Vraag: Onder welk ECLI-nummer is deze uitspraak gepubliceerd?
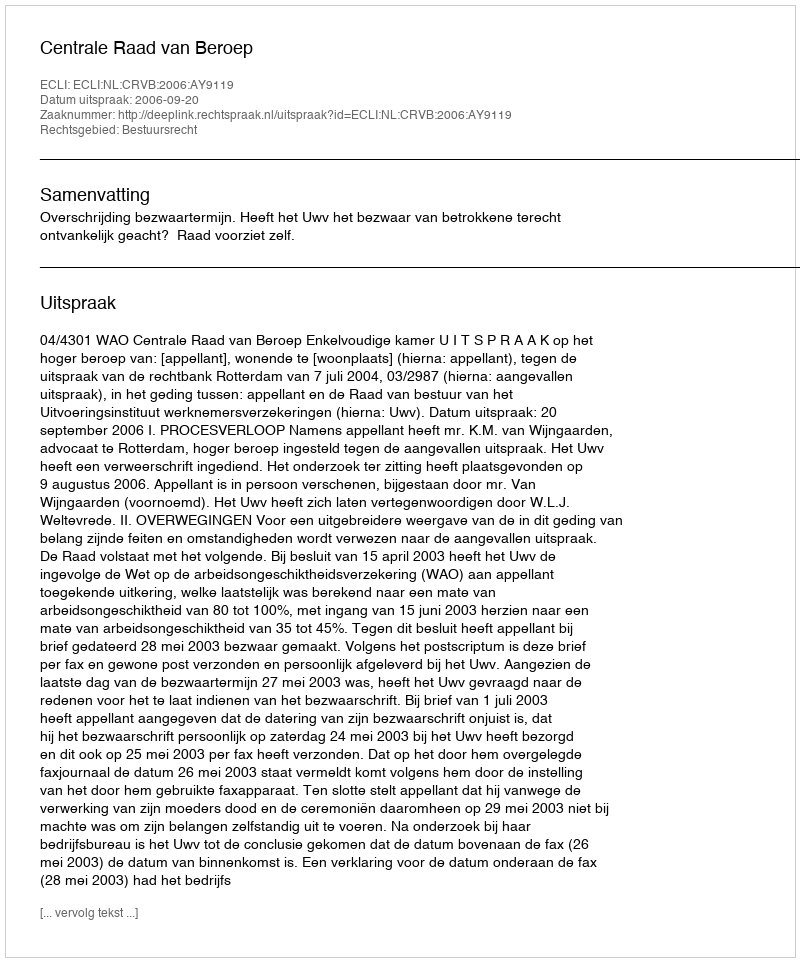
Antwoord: ECLI:NL:CRVB:2006:AY9119